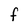
Character: F